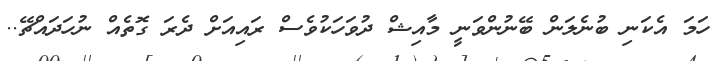
ހަމަ އެކަނި ބުނެލަން ބޭނުންވަނީ މާއިޝް ދުވަހަކުވެސް ރައިއަށް ދެރަ ގޮތެއް ނުހަދައްޗޭ..